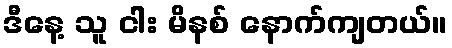
ဒီနေ့ သူ ငါး မိနစ် နောက်ကျတယ်။